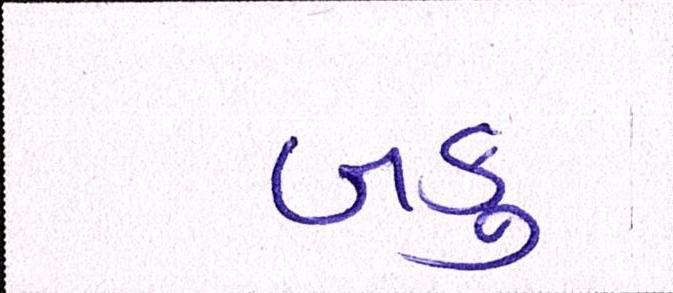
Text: બકુ